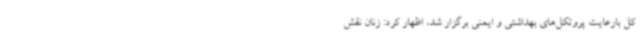
کل بارعایت پروتکل‌های بهداشتی و ایمنی برگزار شد، اظهار کرد: زنان نقش